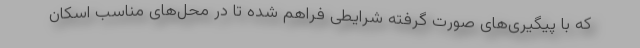
که با پیگیری‌های صورت گرفته شرایطی فراهم شده تا در محل‌های مناسب اسکان